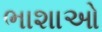
ભાશાઓ